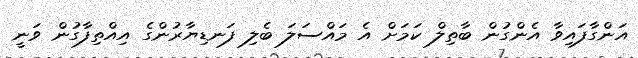
އަންގާފައިވާ އެންގުން ބާތިލް ކަމަށް އެ މައްސަލަ ބެލި ފަނޑިޔާރުންގެ އިއްތިފާގުން ވަނީ